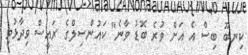
ކިނބޫ ބިސް އެ އަށް ވުރެ ބޮޑު ވާނެ" ކައުންސިލްގެ ރައީސް ވިދާޅުވި